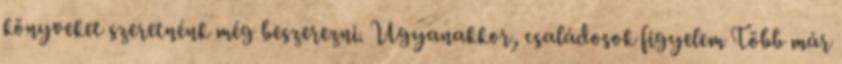
könyveket szeretnénk még beszerezni. Ugyanakkor, családosok figyelem Több már